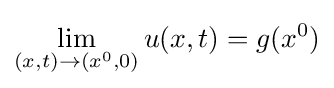
\lim _{(x,t)\to (x^{0},0)}u(x,t)=g(x^{0})